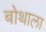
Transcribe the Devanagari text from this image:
बोथाला